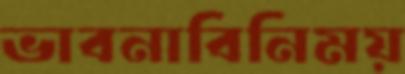
ভাবনাবিনিময়